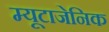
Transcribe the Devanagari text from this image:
म्यूटाजेनिक